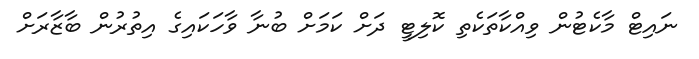
ނައިޓް މާކެޓުން ވިއްކާތަކެތި ކޮލިޓީ ދަށް ކަމަށް ބުނާ ވާހަކައިގެ އިތުރުން ބާޒާރަށް